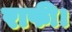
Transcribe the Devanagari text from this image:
राफी।